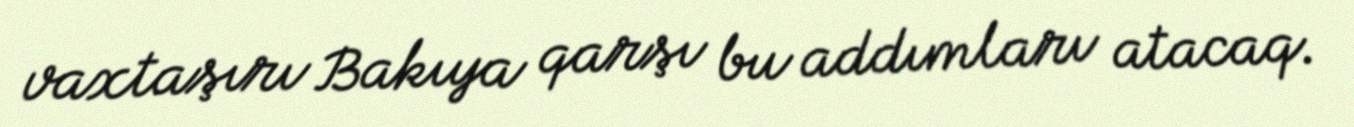
vaxtaşırı Bakıya qarşı bu addımları atacaq.